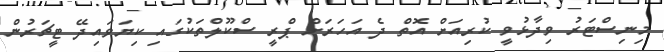
މިނިސްޓަރު ވިދާޅުވީ ކުރިއަށް އޮތް ދެ އަހަރަށް ޕްރީ ސްކޫލްތަކުގައި ކިޔަވައިދޭ ޓީޗަރުން